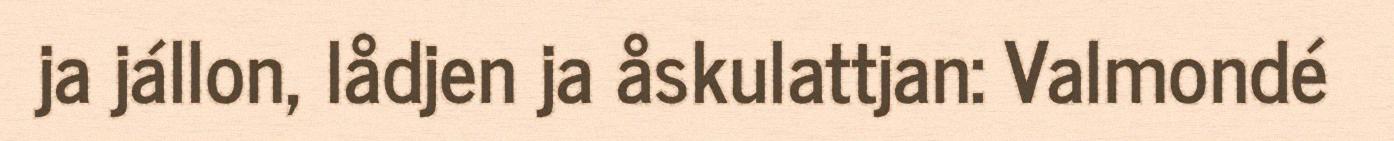
ja jállon, lådjen ja åskulattjan: Valmondé